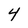
Character: 4